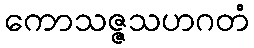
ကောသဇ္ဇသဟဂတံ